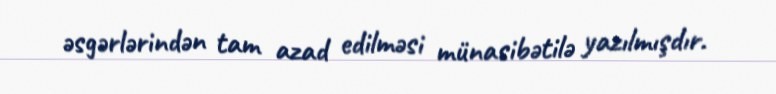
əsgərlərindən tam azad edilməsi münasibətilə yazılmışdır.